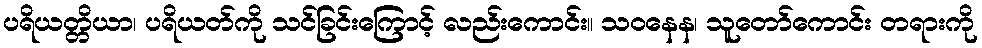
ပရိယတ္တိယာ၊ ပရိယတ်ကို သင်ခြင်းကြောင့် လည်းကောင်း။ သဝနေန၊ သူတော်ကောင်း တရားကို